Trukikaitis_Postimees, lk 84
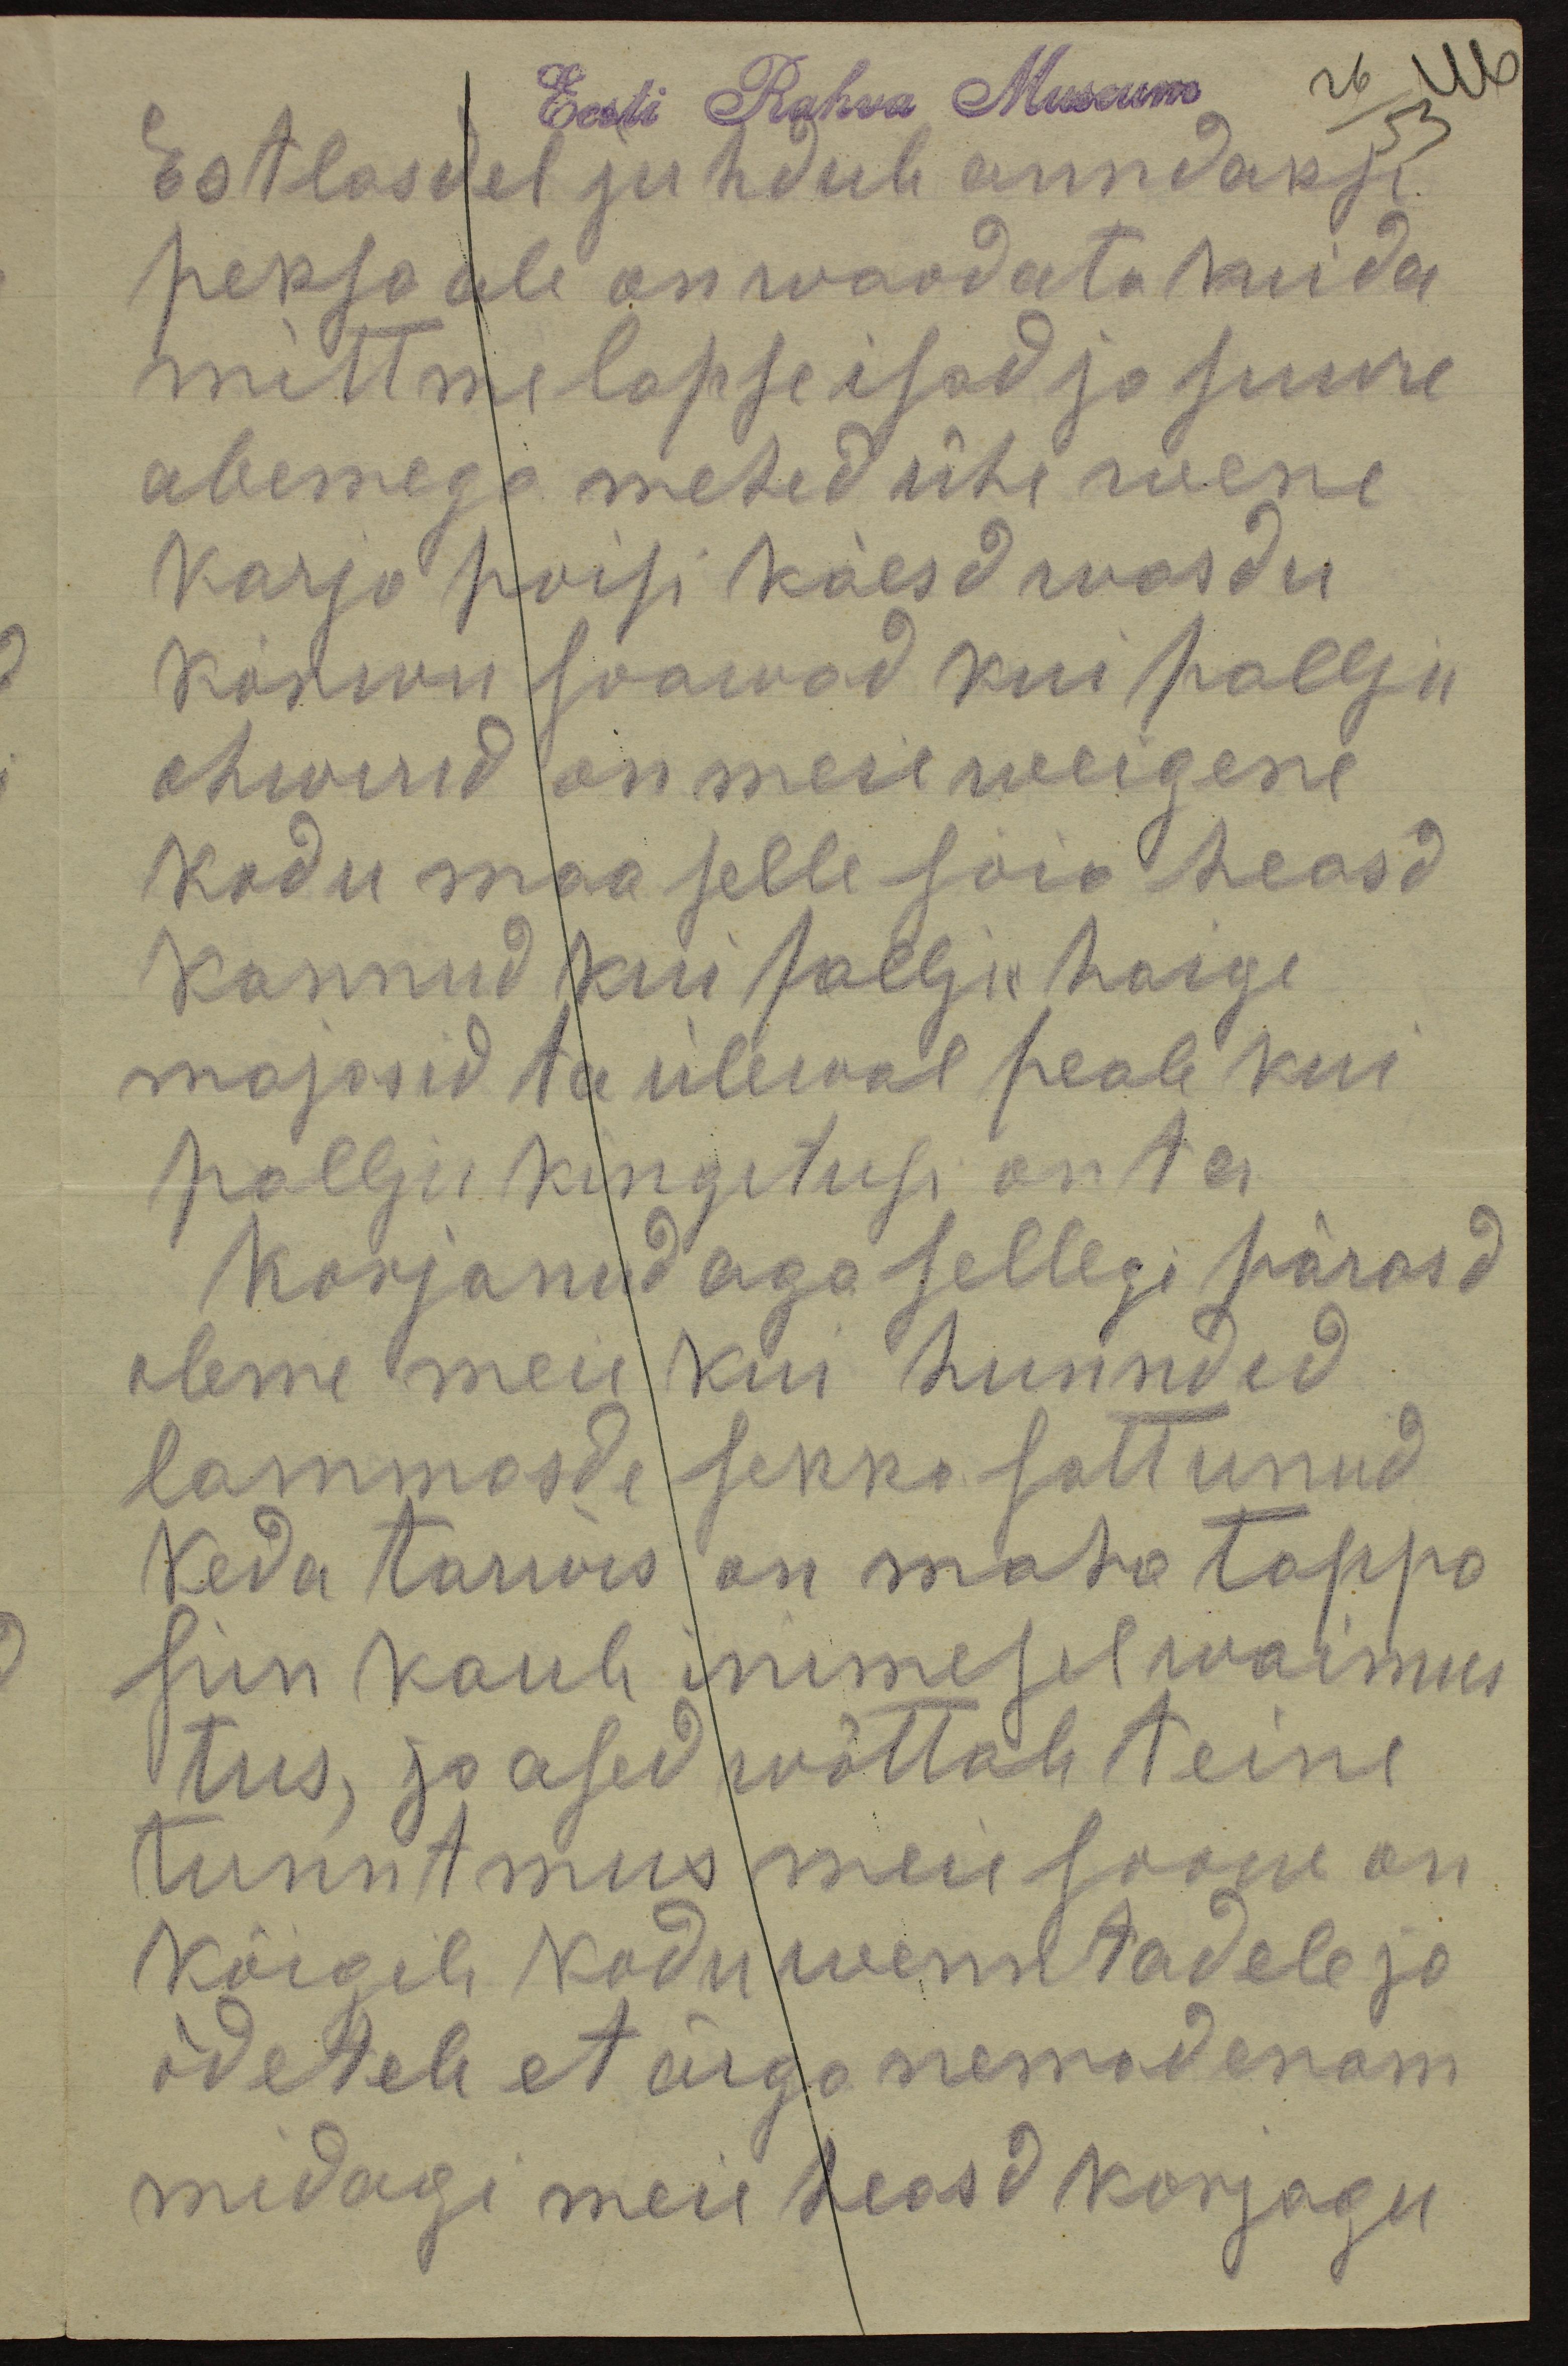
Eesti Rahva Museum
26
46
53
Estlasdel juhdub anndakse
peksa ale on waadata kuida
mittme lapse isad ja suure
abemega mehed ühe wene
karja poisi käesd wasdu
kõrwu saawad kui pallju
ohwerid on meie weigene
kodu maa selle sõia heasd
kannud kui pallju haige
majasid ta ülewal peab kui
pallju kingitusi on ta
korjanud aga sellegi pärasd
oleme meie kui hunndid
lammasde sekka sattunud
keda tarwis on maha tappa
siin kaub inimesel waimus
tus, ja ased wõttab teine
tunntmus meie soow on
kõigile kodu wenntadele ja
õdetele et ärgo nemad enam
midagi meie heasd korjagu